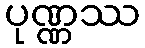
ပုဏ္ဏဿ